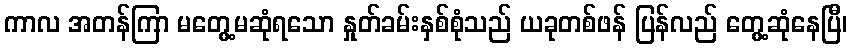
ကာလ အတန်ကြာ မတွေ့မဆုံရသော နှုတ်ခမ်းနှစ်စုံသည် ယခုတစ်ဖန် ပြန်လည် တွေ့ဆုံနေပြီ၊